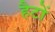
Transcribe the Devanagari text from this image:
हैटों